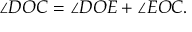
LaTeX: \angle D O C = \angle D O E + \angle E O C .